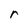
Character: r